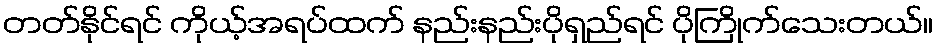
တတ်နိုင်ရင် ကိုယ့်အရပ်ထက် နည်းနည်းပိုရှည်ရင် ပိုကြိုက်သေးတယ်။